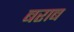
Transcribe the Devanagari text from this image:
बराब